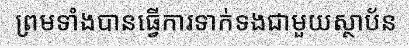
ព្រមទាំងបានធ្វើការទាក់ទងជាមួយស្ថាប័ន